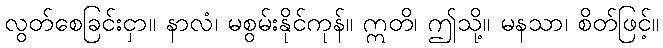
လွတ်စေခြင်းငှာ။ နာလံ၊ မစွမ်းနိုင်ကုန်။ ဣတိ၊ ဤသို့။ မနသာ၊ စိတ်ဖြင့်။